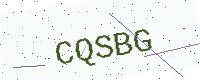
Text: CQSBG